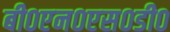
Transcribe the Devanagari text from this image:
बी०एन०एस०डी०